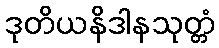
ဒုတိယနိဒါနသုတ္တံ